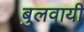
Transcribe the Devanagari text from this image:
बुलवायी